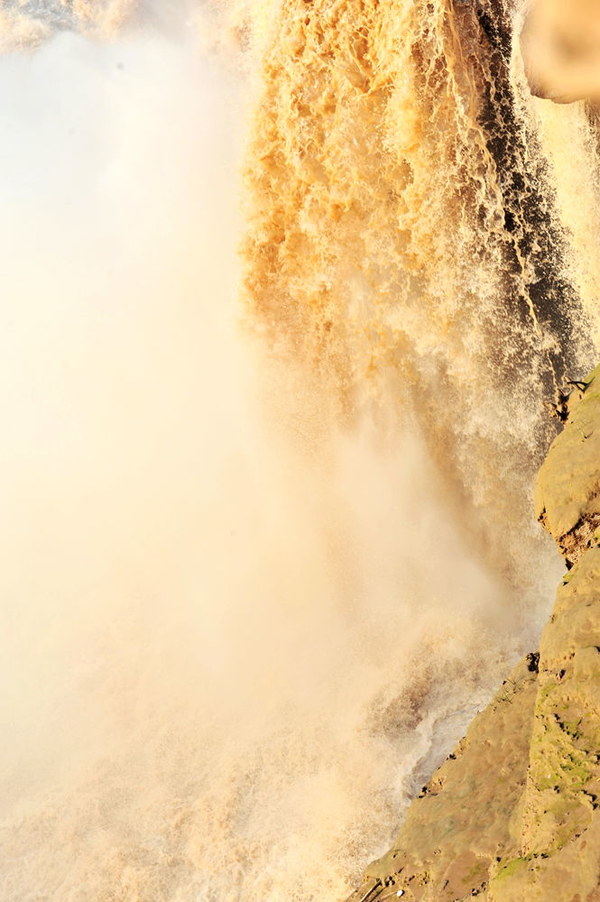
黄河落天走东海，万里写入胸怀间。